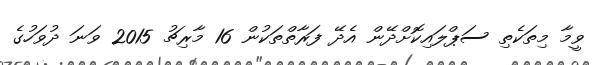
ވީމާ މިތަކެތި ސަޕްލައިކޮށްދޭން އެދޭ ފަރާތްތަކުން 16 މާރިޗު 2015 ވަނަ ދުވަހުގެ